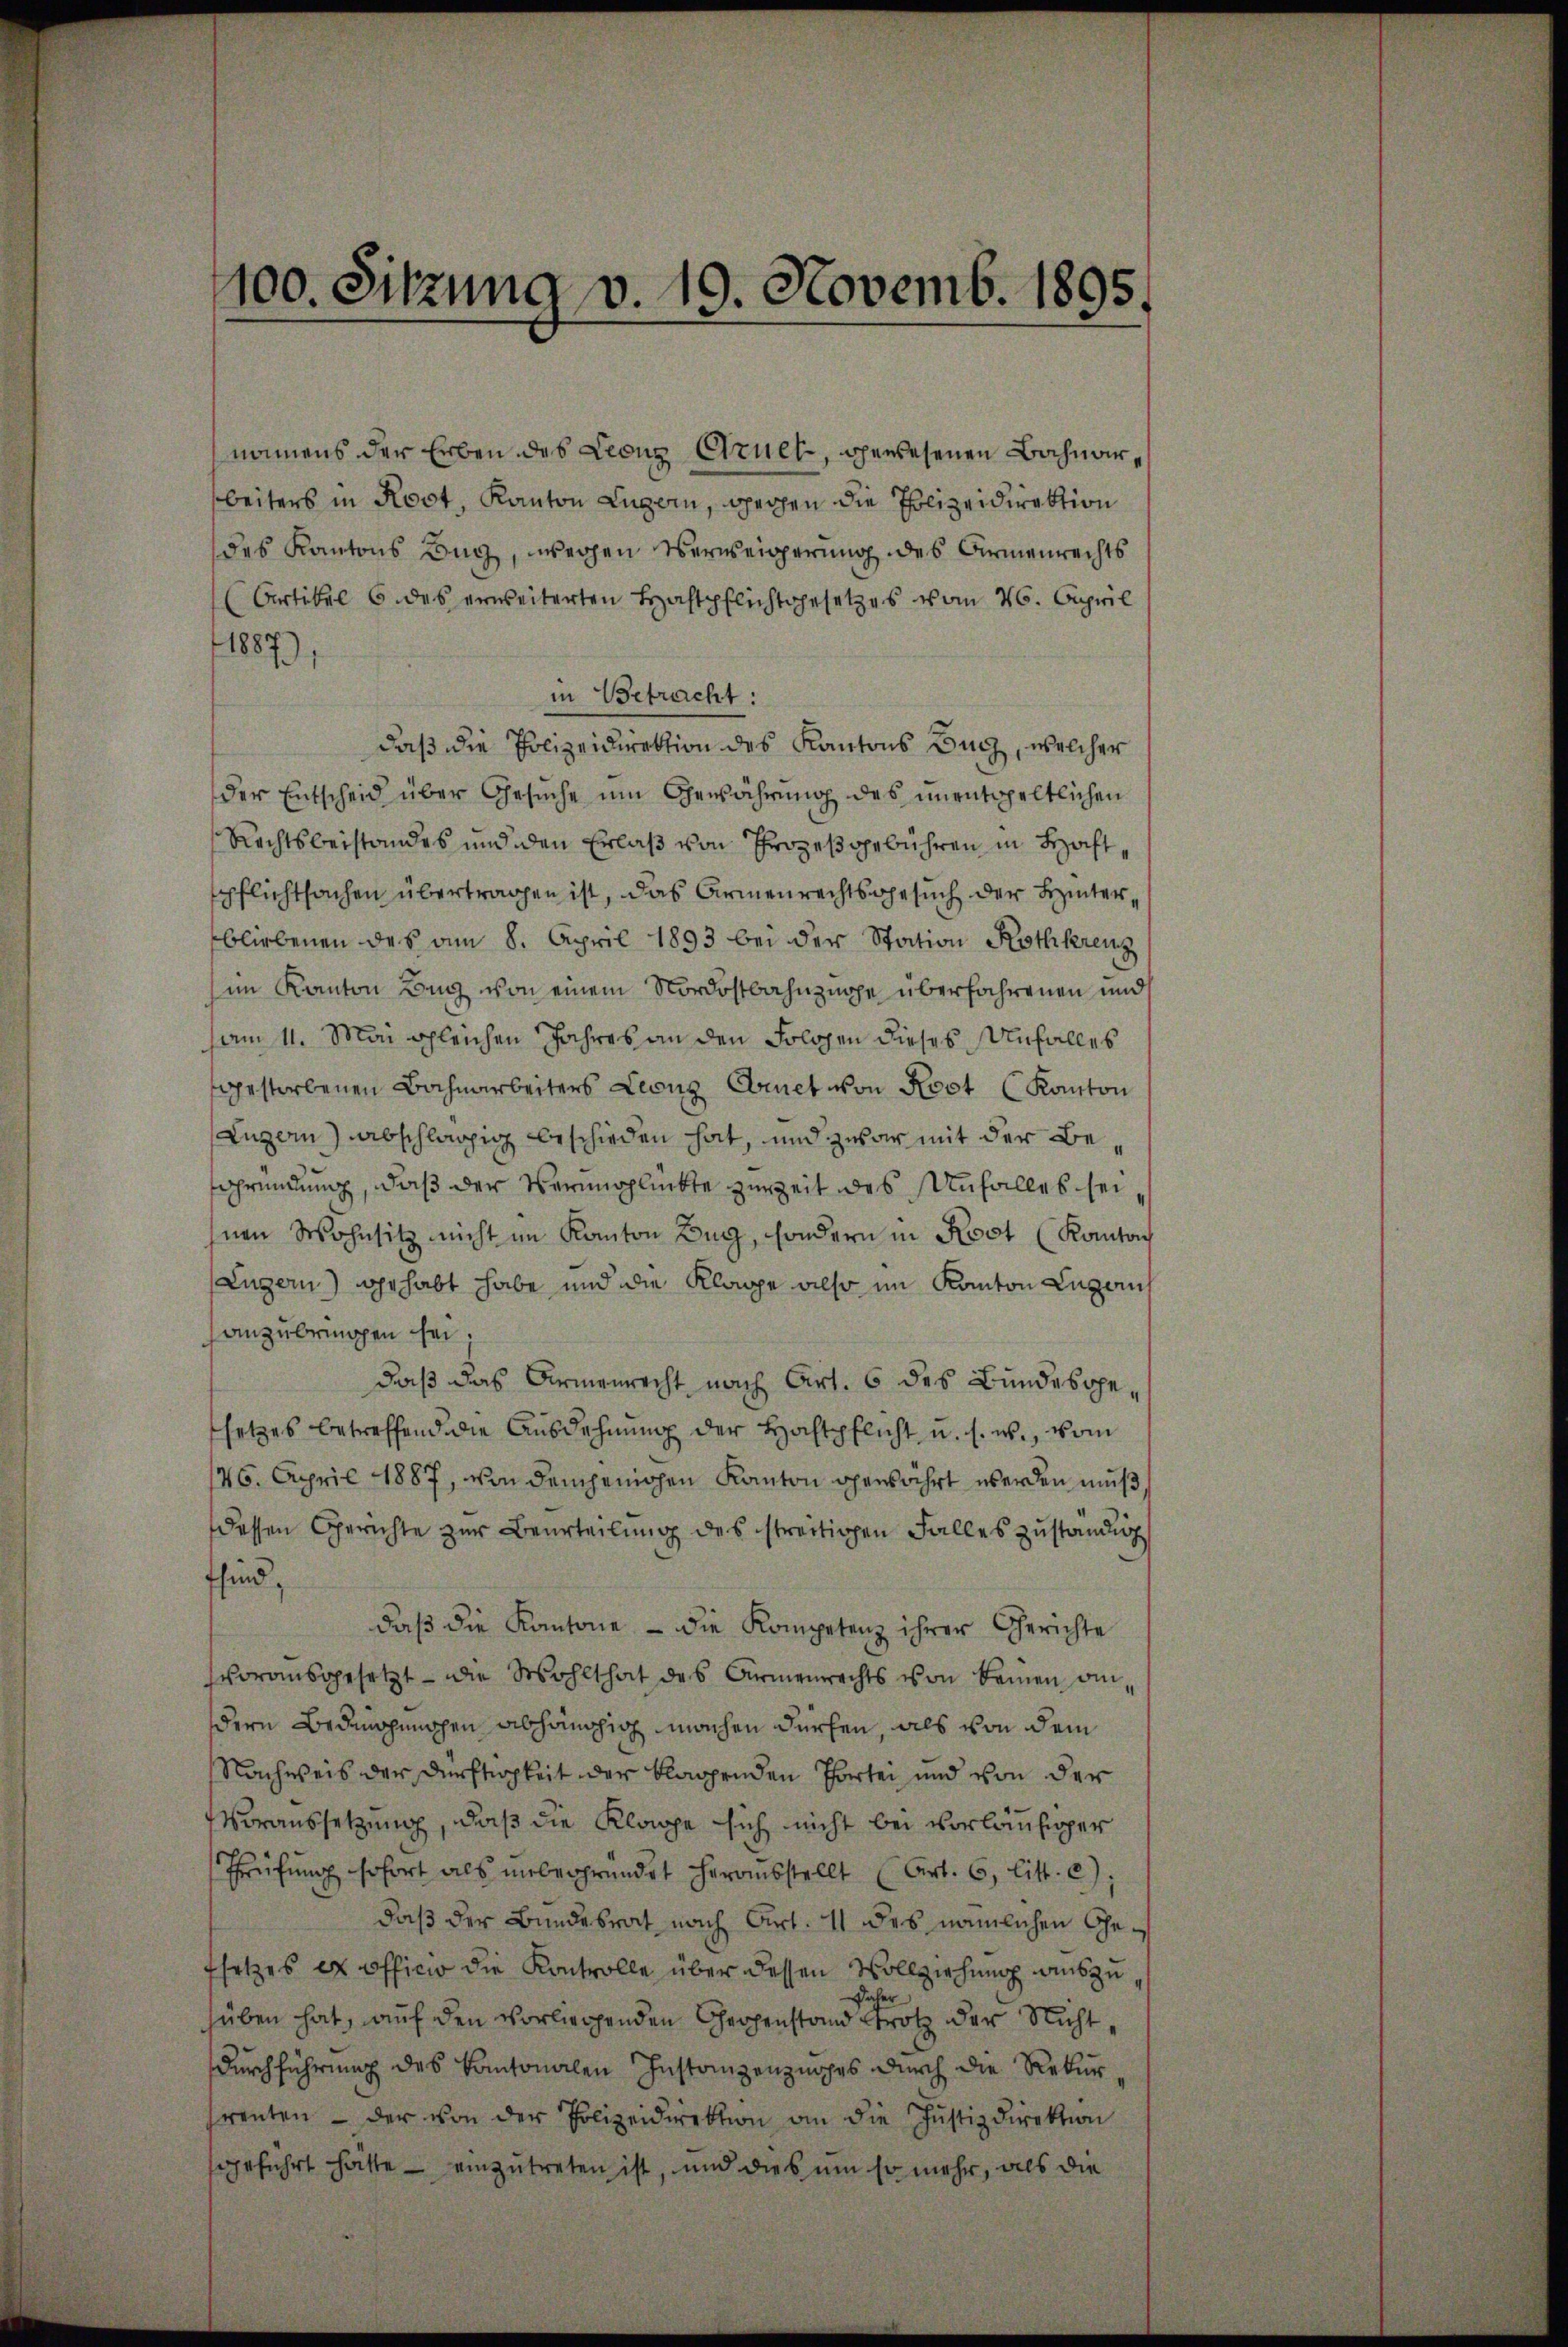
100. Sitzung v. 10. Novemb. 1895.

namens der Erben des Leonz Arnet, gewesenen Bahnarbeiters in Rost, Kanton Luzern, Spechen die Polizeidirektion
des Kantons Bag, wegen Verweigerung des Armenrechts
Artikel 6 des erweiterten Haftpflichtgesetzes vom 26. April
1887),
in Betracht:
daß die Polizeidirektion des Kantons Buch, welcher
der Entscheid über Gesuche um Gewährung des unentspeltlichen
Rechtsbeistandes und den Erlaß von Prozeß gebühren in Haft,
spflichtsachen übertragen ist, das Armenrechtsgesuch der Hinter
bliebenen des am 8. April 1893 bei der Station Rothkreuz
im Kanton Lang von einem Nordostbahnzüge überfahrenen und
sam 11. Mai gleichen Jahres an den Folgen dieses Unfalles
gestorbenen Bahnarbeiters Leonz Comet von Rost (Kanton
Luzern) abschlägig beschieden hat, und zwar mit der Begründung, daß der Verunglückte zur Zeit des Unfalles sei
hnen Wohnsitz nicht im Kanton Beg, sondern in Kost (Kanton
(Luzern) gehabt habe und die Klage also im Kanton Lugans
anzubringen sei;
daß das Armenrecht nach Art. 6 des Bundesgesetzes betreffend die Ausdehnung der Hochtpflicht u. s. w., vom
46. April 1887, von demjenigen Kanton gewährt werden muß
dessen Gerichte zur Beurteilung des streitigen Falles zuständig
fsind,
daβ die Kantone - die Kompetenz ihrer Gerichte
vorausgesetzt - die Wohlthat des Armenrechts von keinen andere Bedingungen abhängig machen dürfen, als von dem
Nachweis der Dürftigkeit der klagenden Tortei und von der
Voraussetzung, daß die Klage sich nicht bei vorläufiger
Prüfŭng sofort als unbegründet herausstellt (Art. 6, litt. c).
daß der Bundesrat nach Art. 11 des nämlichen Gefsetzes ex officio die Kontrolle über dessen Vollziehung auszu¬
Daher
süben hat, auf den vorliegenden Gegenstand trotz der Nicht,
Durchführung des kantonalen Instanzenzusches durch die Rekurrenten - der von der Polizeidirektion an die Justizdirektion
sgeführt hätte – einzutreten ist, und dies um so mehr, als die